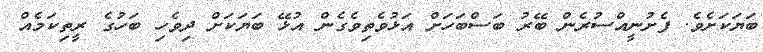
ބަޔަކަށެވެ. ފެށުނީއްސުރެން ބޭރު ބަސްބަހަށް އަޅުވެތިވެގެން އުޅޭ ބަޔަކަށް ދިވެހި ބަހުގެ ރީތިކަމެއް